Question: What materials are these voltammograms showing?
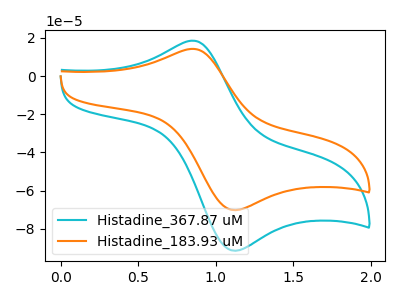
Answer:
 <answer>The cyan curve is labeled "Histadine_367.87 uM". The orange curve is labeled "Histadine_183.93 uM".</answer>
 <eval></eval>